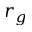
r _ { g }